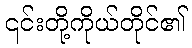
၎င်းတို့ကိုယ်တိုင်၏